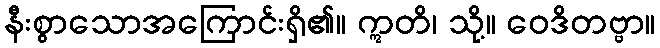
နီးစွာသောအကြောင်းရှိ၏။ ဣတိ၊ သို့။ ဝေဒိတဗ္ဗာ။